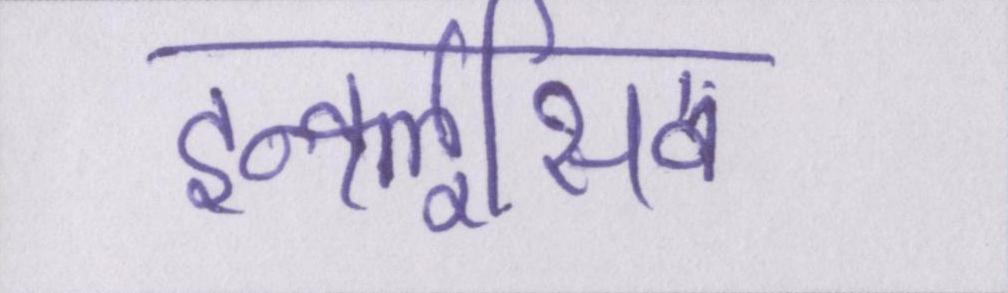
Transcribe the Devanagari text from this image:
इन्क्लूसिव